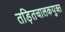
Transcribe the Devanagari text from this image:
तड़ितचालकयुक्त